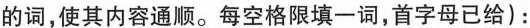
的词,使其内容通顺.每空格限填一词,首字母已给):